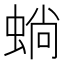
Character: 𱿫